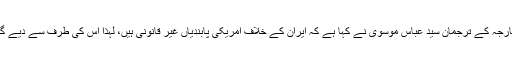
دوسری جانب ایرانی وزارتِ خارجہ کے ترجمان سیّد عباس موسوی نے کہا ہے کہ ایران کے خلاف امریکی پابندیاں غیر قانونی ہیں، لہٰذا اس کی طرف سے دیے گئے استثنا کی کوئی اہمیت نہیں۔